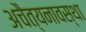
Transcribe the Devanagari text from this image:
अचैत्यनावस्था